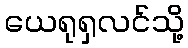
ယေရုရှလင်သို့